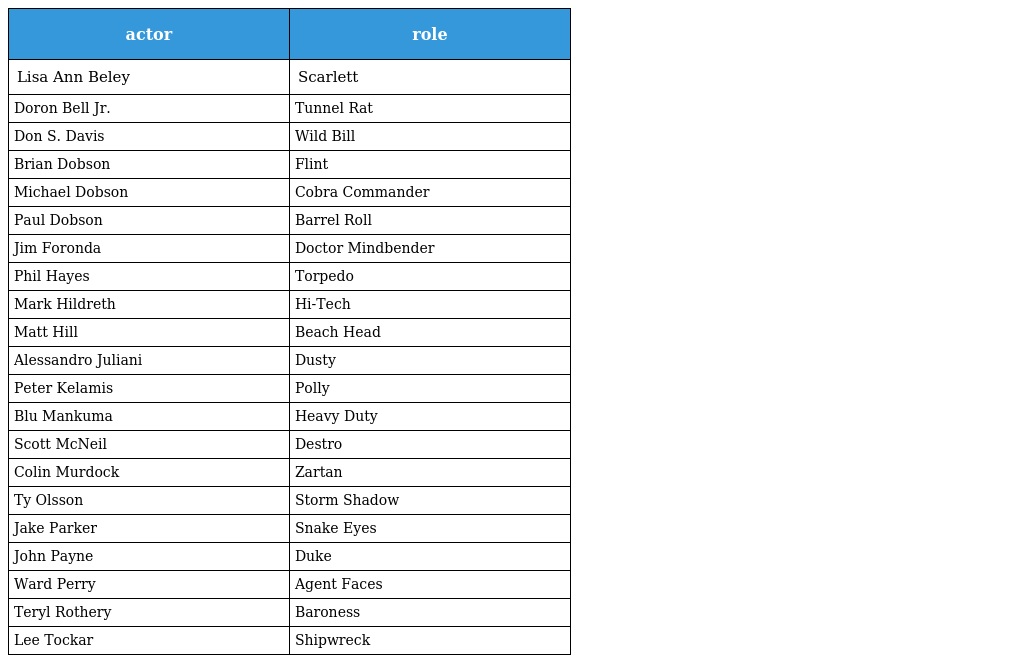
| actor | role |
 | --- | --- |
 | Lisa Ann Beley | Scarlett |
 | Doron Bell Jr. | Tunnel Rat |
 | Don S. Davis | Wild Bill |
 | Brian Dobson | Flint |
 | Michael Dobson | Cobra Commander |
 | Paul Dobson | Barrel Roll |
 | Jim Foronda | Doctor Mindbender |
 | Phil Hayes | Torpedo |
 | Mark Hildreth | Hi-Tech |
 | Matt Hill | Beach Head |
 | Alessandro Juliani | Dusty |
 | Peter Kelamis | Polly |
 | Blu Mankuma | Heavy Duty |
 | Scott McNeil | Destro |
 | Colin Murdock | Zartan |
 | Ty Olsson | Storm Shadow |
 | Jake Parker | Snake Eyes |
 | John Payne | Duke |
 | Ward Perry | Agent Faces |
 | Teryl Rothery | Baroness |
 | Lee Tockar | Shipwreck |